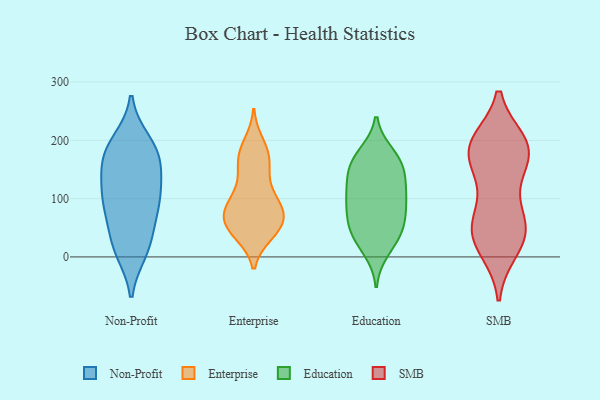
{"axis": {"x": "Revenue (USD Million)", "y": "Value"}, "legend": ["Education", "Enterprise", "Non-Profit", "SMB"], "data": [{"x": "", "y": 192, "type": "Non-Profit"}, {"x": "", "y": 97, "type": "Non-Profit"}, {"x": "", "y": 21, "type": "Non-Profit"}, {"x": "", "y": 84, "type": "Non-Profit"}, {"x": "", "y": 141, "type": "Non-Profit"}, {"x": "", "y": 177, "type": "Non-Profit"}, {"x": "", "y": 141, "type": "Non-Profit"}, {"x": "", "y": 175, "type": "Non-Profit"}, {"x": "", "y": 168, "type": "Non-Profit"}, {"x": "", "y": 198, "type": "Non-Profit"}, {"x": "", "y": 10, "type": "Non-Profit"}, {"x": "", "y": 78, "type": "Non-Profit"}, {"x": "", "y": 46, "type": "Non-Profit"}, {"x": "", "y": 110, "type": "Non-Profit"}, {"x": "", "y": 12, "type": "Non-Profit"}, {"x": "", "y": 104, "type": "Non-Profit"}, {"x": "", "y": 96, "type": "Enterprise"}, {"x": "", "y": 44, "type": "Enterprise"}, {"x": "", "y": 167, "type": "Enterprise"}, {"x": "", "y": 123, "type": "Enterprise"}, {"x": "", "y": 90, "type": "Enterprise"}, {"x": "", "y": 52, "type": "Enterprise"}, {"x": "", "y": 181, "type": "Enterprise"}, {"x": "", "y": 73, "type": "Enterprise"}, {"x": "", "y": 40, "type": "Enterprise"}, {"x": "", "y": 141, "type": "Enterprise"}, {"x": "", "y": 72, "type": "Enterprise"}, {"x": "", "y": 88, "type": "Enterprise"}, {"x": "", "y": 88, "type": "Enterprise"}, {"x": "", "y": 58, "type": "Enterprise"}, {"x": "", "y": 48, "type": "Enterprise"}, {"x": "", "y": 44, "type": "Enterprise"}, {"x": "", "y": 194, "type": "Enterprise"}, {"x": "", "y": 157, "type": "Enterprise"}, {"x": "", "y": 79, "type": "Enterprise"}, {"x": "", "y": 177, "type": "Enterprise"}, {"x": "", "y": 26, "type": "Education"}, {"x": "", "y": 102, "type": "Education"}, {"x": "", "y": 160, "type": "Education"}, {"x": "", "y": 160, "type": "Education"}, {"x": "", "y": 62, "type": "Education"}, {"x": "", "y": 92, "type": "Education"}, {"x": "", "y": 139, "type": "Education"}, {"x": "", "y": 73, "type": "Education"}, {"x": "", "y": 109, "type": "Education"}, {"x": "", "y": 173, "type": "Education"}, {"x": "", "y": 147, "type": "Education"}, {"x": "", "y": 122, "type": "Education"}, {"x": "", "y": 55, "type": "Education"}, {"x": "", "y": 11, "type": "Education"}, {"x": "", "y": 177, "type": "Education"}, {"x": "", "y": 98, "type": "Education"}, {"x": "", "y": 41, "type": "Education"}, {"x": "", "y": 42, "type": "Education"}, {"x": "", "y": 141, "type": "SMB"}, {"x": "", "y": 15, "type": "SMB"}, {"x": "", "y": 48, "type": "SMB"}, {"x": "", "y": 40, "type": "SMB"}, {"x": "", "y": 189, "type": "SMB"}, {"x": "", "y": 59, "type": "SMB"}, {"x": "", "y": 196, "type": "SMB"}, {"x": "", "y": 178, "type": "SMB"}, {"x": "", "y": 44, "type": "SMB"}, {"x": "", "y": 175, "type": "SMB"}, {"x": "", "y": 51, "type": "SMB"}, {"x": "", "y": 197, "type": "SMB"}, {"x": "", "y": 12, "type": "SMB"}, {"x": "", "y": 189, "type": "SMB"}, {"x": "", "y": 192, "type": "SMB"}, {"x": "", "y": 83, "type": "SMB"}, {"x": "", "y": 140, "type": "SMB"}]}